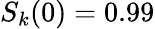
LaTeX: S_{k}(0)=0.99